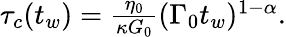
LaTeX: \begin{array}{r}{\tau_{c}(t_{w})=\frac{\eta_{0}}{\kappa G_{0}}(\Gamma_{0}t_{w})^{1-\alpha}.}\end{array}